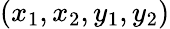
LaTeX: (x_{1},x_{2},y_{1},y_{2})